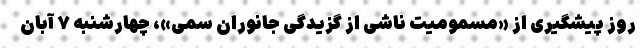
روز پیشگیری از «مسمومیت ناشی از گزیدگی جانوران سمی»، چهارشنبه ۷ آبان